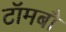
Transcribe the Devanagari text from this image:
टॉमबौ